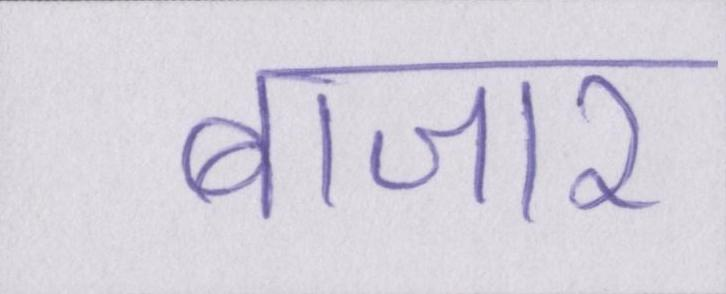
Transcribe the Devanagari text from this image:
बाजार